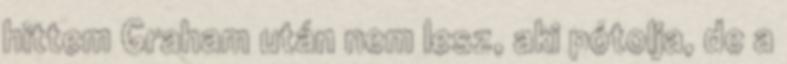
hittem Graham után nem lesz, aki pótolja, de a